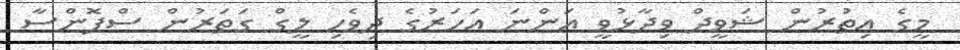
މީގެ އިތުރުން ޝަވީދް ވިދާޅުވީ އަންނަ އަހަރުގެ ދިވެހި ލީގް ގަތަރުން ސްޕޮންސާ